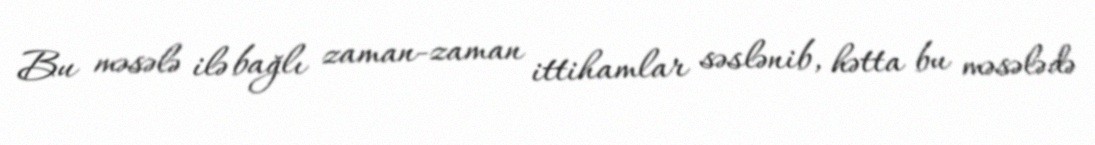
Bu məsələ ilə bağlı zaman-zaman ittihamlar səslənib, hətta bu məsələdə